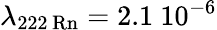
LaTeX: \lambda_{\mathrm{222\, Rn}}=2.1\ 10^{-6}